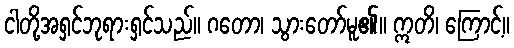
ငါတို့အရှင်ဘုရားရှင်သည်။ ဂတော၊ သွားတော်မူ၏။ ဣတိ၊ ကြောင့်။